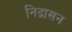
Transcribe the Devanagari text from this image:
निद्रासन